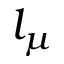
l _ { \mu }